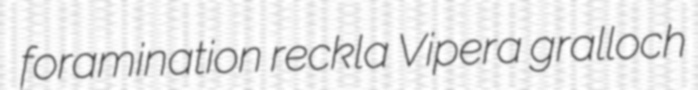
foramination reckla Vipera gralloch